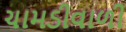
ચામડીવાળી